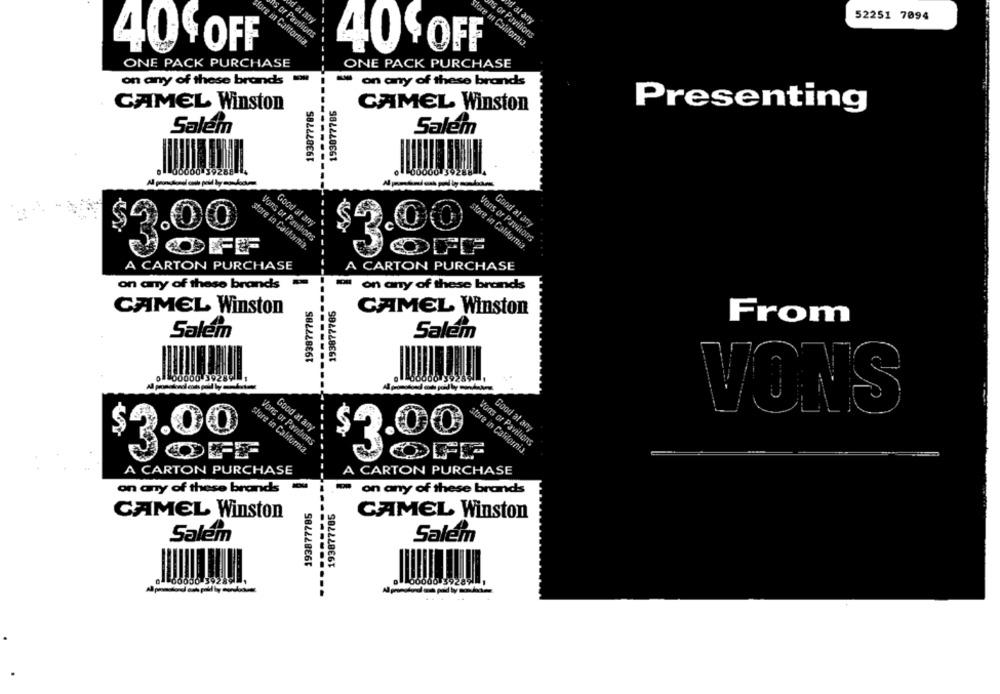
at any
U at any
52251 7094
AS or Pavilions
Is or Pavilions
fore in California.
lore mn California.
40 OFF
40 OFF
ONE PACK PURCHASE
ONE PACK PURCHASE
on any of these brands
Won any of these brands
------
193877786
CAMEL Winston
193877785
CAMEL Winston
Presenting
Salem
Salem
Good at any
Good at any
$3.00
Vons or Pavilions
Vons or Pavilions
store in California.
COPF
store in California
A CARTON PURCHASE
A CARTON PURCHASE
on any of these brands
o on any of these brands
-------
193877785
193877785
CAMEL Winston
CAMEL Winston
From
Salem
Salem
00000 39284
VONS
Good at any
Good al any
$4.00
Vons or Pantions
Vons or Pavilions
store in California
store in California
$3.00
OFF
A CARTON PURCHASE
A CARTON PURCHASE
on any of these brands
on any of these brands
193877785
193877785
CAMEL Winston
CAMEL Winston
Salem
Salem
050 39284